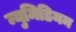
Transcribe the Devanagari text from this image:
न्युमिडियन